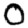
Digit: 0